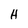
Character: H